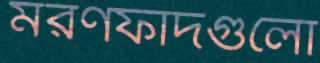
মরণফাঁদগুলো